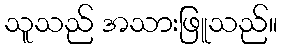
သူသည် အသားဖြူသည်။